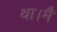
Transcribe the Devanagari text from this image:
था।मैं